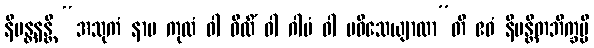
နိမန္တနန္တိ “အသုကံ နာမ ကုလံ ဝါ ဝီထိံ ဝါ ဂါမံ ဝါ ပဝိသေယျာထာ”တိ ဧဝံ နိမန္တိတဘိက္ခမ္ပိ